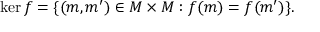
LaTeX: \ker f = \{ ( m , m ^ { \prime } ) \in M \times M : f ( m ) = f ( m ^ { \prime } ) \} { \mathrm { . } }